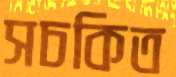
সচকিত